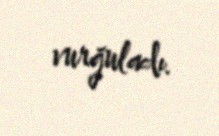
vurğuladı.